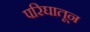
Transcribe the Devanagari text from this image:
परिघातून